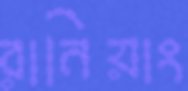
রানিয়াং